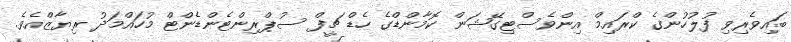
ބައިވެރިވި ފުލުހުންގެ ކްރައިމް އިންވެސްޓިގޭޝަން ކޮމާންޑްގެ ހެޑް ޗީފް ސުޕްރިންޓެންޑެންޓް މުހައްމަދު ރިޔާޒްއެވެ.